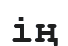
ің